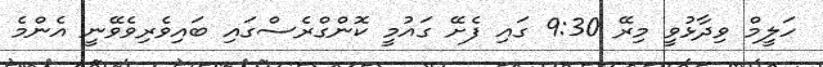
ހަލީމް ވިދާޅުވީ މިރޭ 9:30 ގައި ފެށޭ ގައުމީ ކޮންގްރެސްގައި ބައިވެރިވެވޭނީ އެންމެ